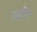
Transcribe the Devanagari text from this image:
स्त्रोन्